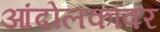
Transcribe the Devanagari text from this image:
आंदोलकांवर